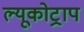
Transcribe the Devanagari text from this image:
ल्यूकोट्राप